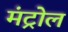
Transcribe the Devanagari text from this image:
मंट्रोल